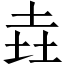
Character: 垚